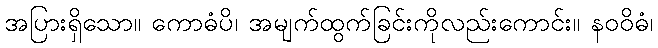
အပြားရှိသော။ ကောဓံပိ၊ အမျက်ထွက်ခြင်းကိုလည်းကောင်း။ နဝဝိဓံ၊